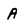
Character: A